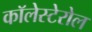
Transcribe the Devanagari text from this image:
कॉलेस्टेरोल